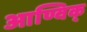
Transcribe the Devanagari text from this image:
आण्विक्